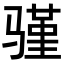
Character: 𬴆